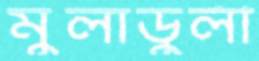
মুলাডুলী